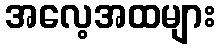
အလေ့အထများ